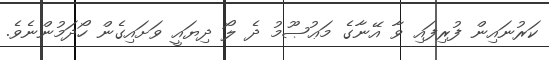
ކަރުނައިން ފުރިފައި ވާ އޭނާގެ މަޢުޞޫމު ދެ ލޯ ދިޔައީ ވަށައިގެން ހޯދަމުންނެވެ.